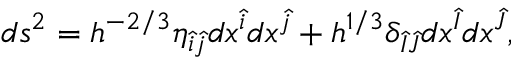
d s ^ { 2 } = h ^ { - 2 / 3 } \eta _ { \hat { i } \hat { j } } d x ^ { \hat { i } } d x ^ { \hat { j } } + h ^ { 1 / 3 } \delta _ { \hat { I } \hat { J } } d x ^ { \hat { I } } d x ^ { \hat { J } } ,